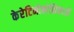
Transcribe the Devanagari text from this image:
केरेटिनोकोशिकाओं